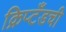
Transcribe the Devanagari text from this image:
क्रिप्टँडची